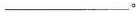
___。